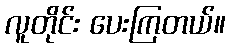
လူတိုင်း ပေးကြတယ်။